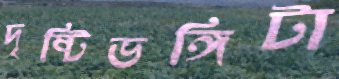
দৃষ্টিভঙ্গিটা